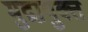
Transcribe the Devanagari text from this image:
मुद्रायुक्त